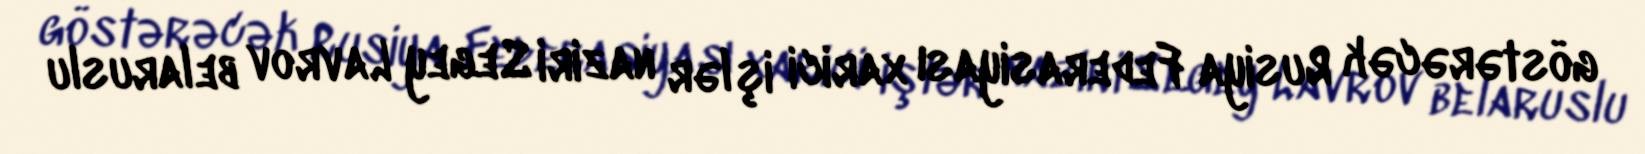
göstərəcək Rusiya Federasiyası xarici işlər naziri Segey Lavrov belaruslu